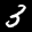
Label: 3